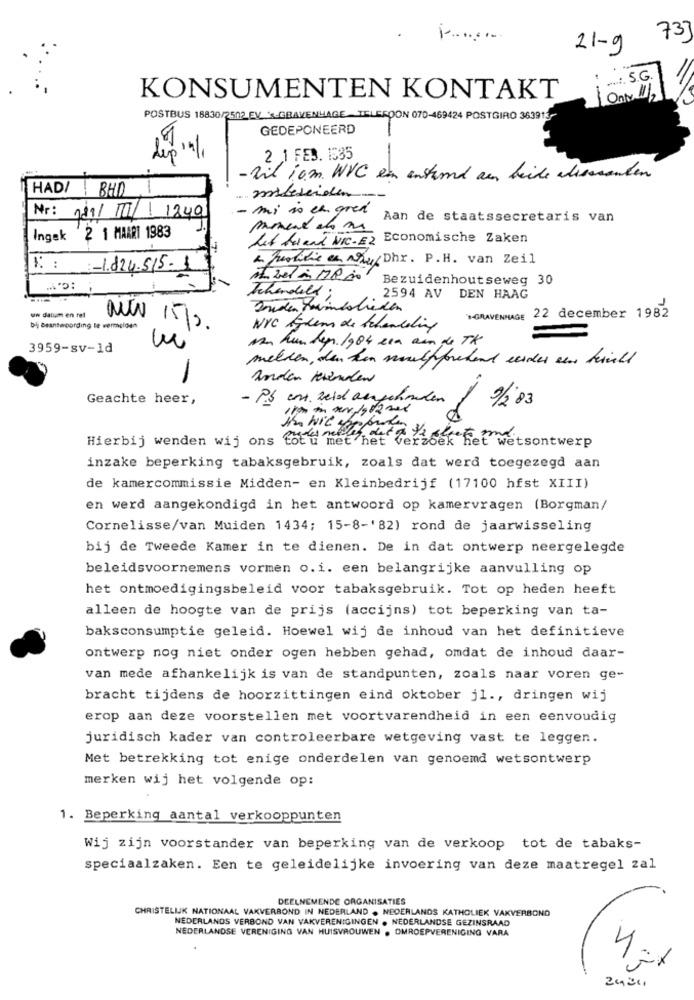
733
21-9
.S.G.
KONSUMENTEN KONTAKT
POSTBUS 18830/2502 EV -GRAVENHAGE TELEFOON 070-469424 POSTGIRO 363913
GEDEPONEERD
2 1 FEB. 1535
-vil iam. WVC ein enstund an beide wissenden
HADI
BHD
- mi is en gren
Nr: 189/ 11/ 1249
Aan de staatssecretaris van
Ingek 2 1 MARRI 1983
Let herand NIC-EZ
Economische Zaken
& functie en hu Dhr. P.H. van Zeil
K : - 1.824.515-1
Bezuidenhoutseweg 30
2594 AV
DEN HAAG
uw daten en tel
*- GRAVENHAGE 22 december 1982
bij Beantwoording te wermeloen
NUN 15/s
3
na hun der. /984 cia ain de TA
3959-sv-1d
melden, den ken nulfforehand eerder sin kinlt
-
anden Herenden
Geachte heer,
- PS ent. Zeid ausgehenden
9/203
Hierbij wenden wij ons totu met het verzoek het wetsontwerp
inzake beperking tabaksgebruik, zoals dat werd toegezegd aan
de kamercommissie Midden- en Kleinbedrijf (17100 hfst XIII)
en werd aangekondigd in het antwoord op kamervragen (Borgman/
Cornelisse/van Muiden 1434; 15-8-'82) rond de jaarwisseling
bij de Tweede Kamer in te dienen. De in dat ontwerp neergelegde
beleidsvoornemens vormen o.i. een belangrijke aanvulling op
het ontmoedigingsbeleid voor tabaksgebruik. Tot op heden heeft
alleen de hoogte van de prijs (accijns) tot beperking van ta-
baksconsumptie geleid. Hoewel wij de inhoud van het definitieve
ontwerp nog niet onder ogen hebben gehad, omdat de inhoud daar-
van mede afhankelijk is van de standpunten, zoals naar voren ge-
bracht tijdens de hoorzittingen eind oktober jl ., dringen wij
erop aan deze voorstellen met voortvarendheid in een eenvoudig
juridisch kader van controleerbare wetgeving vast te leggen.
Met betrekking tot enige onderdelen van genoemd wetsontwerp
merken wij het volgende op:
1. Beperking aantal verkooppunten
Wij zijn voorstander van beperking van de verkoop tot de tabaks-
speciaalzaken. Een te geleidelijke invoering van deze maatregel zal
DEELNEMENDE ORGANISATIES
CHRISTELIJK NATIONAAL VAKVERBOND IN NEDERLAND . NEDERLANDS KATHOLIEK VAKVERBOND
NEDERLANDS VERBOND VAN VAKVERENIGINGEN . NEDERLANDSE GEZINSRAAD
NEDERLANDSE VERENIGING VAN HUISVROUWEN . OMROEPVERENIGING VARA
4.
X